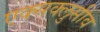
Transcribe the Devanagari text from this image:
एक्सक्लुसीव